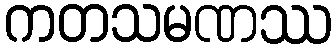
ကတသမဏဿ